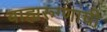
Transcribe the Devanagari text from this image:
बाह्यरुग्णांची